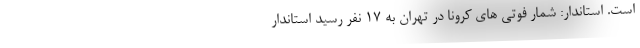
است. استاندار: شمار فوتی های کرونا در تهران به ۱۷ نفر رسید استاندار